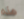
هذه